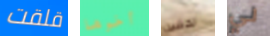
قلقت أخوها تخشين لي